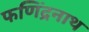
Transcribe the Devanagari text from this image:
फणिंद्रनाथ